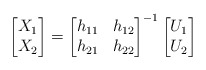
\begin{align*}\begin{bmatrix}X_1\\X_2\end{bmatrix}=\begin{bmatrix} h_{11} & h_{12}\\ h_{21} & h_{22} \end{bmatrix} ^{-1}\begin{bmatrix}U_1\\U_2\end{bmatrix}\end{align*}